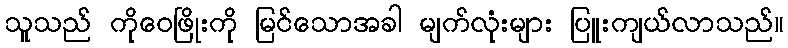
သူသည် ကိုဝေဖြိုးကို မြင်သောအခါ မျက်လုံးများ ပြူးကျယ်လာသည်။